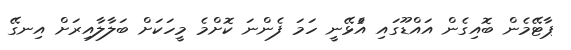
ޕާޓޭމެން ބޮއިގެން އައްޑޫގައި އެުޅޭނީ ހަމަ ފެންނަ ކޮށްމެ މީހަކަށް ބަލާލާއިރަށް އިނގޭ